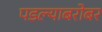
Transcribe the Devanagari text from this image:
पडल्याबरोबर